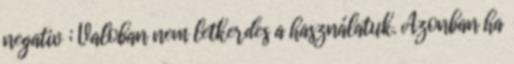
negativ ; Valoban nem letkerdes a használatuk. Azonban ha